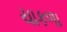
ચાકળા